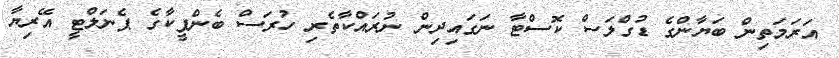
އަރަމަތިން ބަޔާންގެ ޑުގްލަސް ކޮސްޓާ ނަގައިދިން ނުރައްކާތެރި ހުރަސް ބެންފީކާގެ ޕެނަލްޓީ އޭރިޔާ